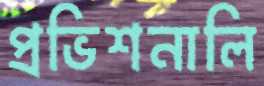
প্রভিশনালি